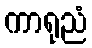
ကာရုညံ